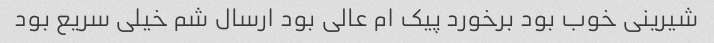
شیرینی خوب بود برخورد پیک ام عالی بود ارسال شم خیلی سریع بود